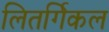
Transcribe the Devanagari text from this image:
लितर्गिकल